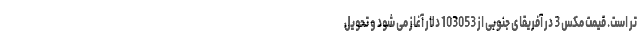
تر است. قیمت مکس 3 در آفریقای جنوبی از 103053 دلار آغاز می شود و تحویل